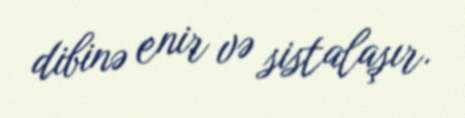
dibinə enir və sistalaşır.